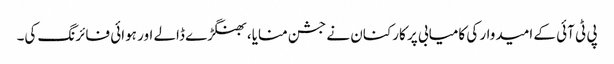
پی ٹی آئی کے امیدوار کی کامیابی پر کارکنان نے جشن منایا، بھنگڑے ڈالے اور ہوائی فائرنگ کی۔